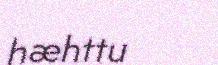
hæhttu